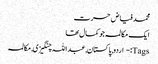
محمد فیاض حسرت
ایک مکالمہ جو کمال تھا
Tags:- اردو, پاکستان, عبداللہ چنگیزی, مکالمہ